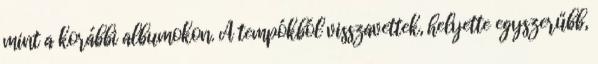
mint a korábbi albumokon. A tempókból visszavettek, helyette egyszerűbb,